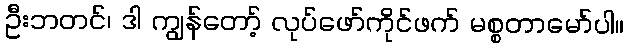
ဦးဘတင်၊ ဒါ ကျွန်တော့် လုပ်ဖော်ကိုင်ဖက် မစ္စတာမော်ပါ။